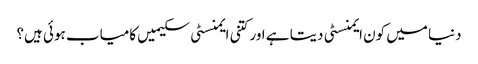
دنیا میں کون ایمنسٹی دیتا ہے اور کتنی ایمنسٹی سکیمیں کامیاب ہوئی ہیں؟